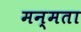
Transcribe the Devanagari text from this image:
मन्मता